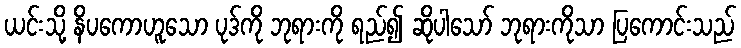
ယင်းသို့ နိပကောဟူသော ပုဒ်ကို ဘုရားကို ရည်၍ ဆိုပါသော် ဘုရားကိုသာ ပြကောင်းသည်